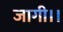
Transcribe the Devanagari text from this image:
जागी।।